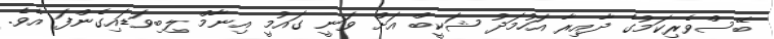
ބޭސްވެރިކަމުގެ ދާއިރާ އަހުމަދު ޝަކީބް އަށް ވަނީ ގައުމީ އިނާމް ލިބިވަޑައިގެންފަ އެވެ.